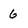
Character: 6